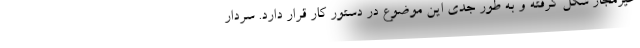
غیرمجاز شکل گرفته و به طور جدی این موضوع در دستور کار قرار دارد. سردار